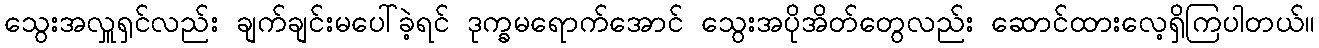
သွေးအလှူရှင်လည်း ချက်ချင်းမပေါ်ခဲ့ရင် ဒုက္ခမရောက်အောင် သွေးအပိုအိတ်တွေလည်း ဆောင်ထားလေ့ရှိကြပါတယ်။